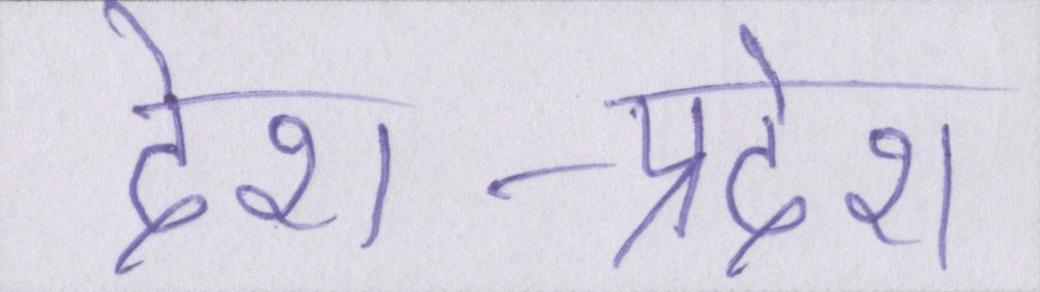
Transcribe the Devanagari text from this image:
देश-प्रदेश